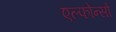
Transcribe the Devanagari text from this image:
एल्फोन्सो